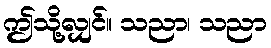
ဤသို့လျှင်။ သညာ၊ သညာ